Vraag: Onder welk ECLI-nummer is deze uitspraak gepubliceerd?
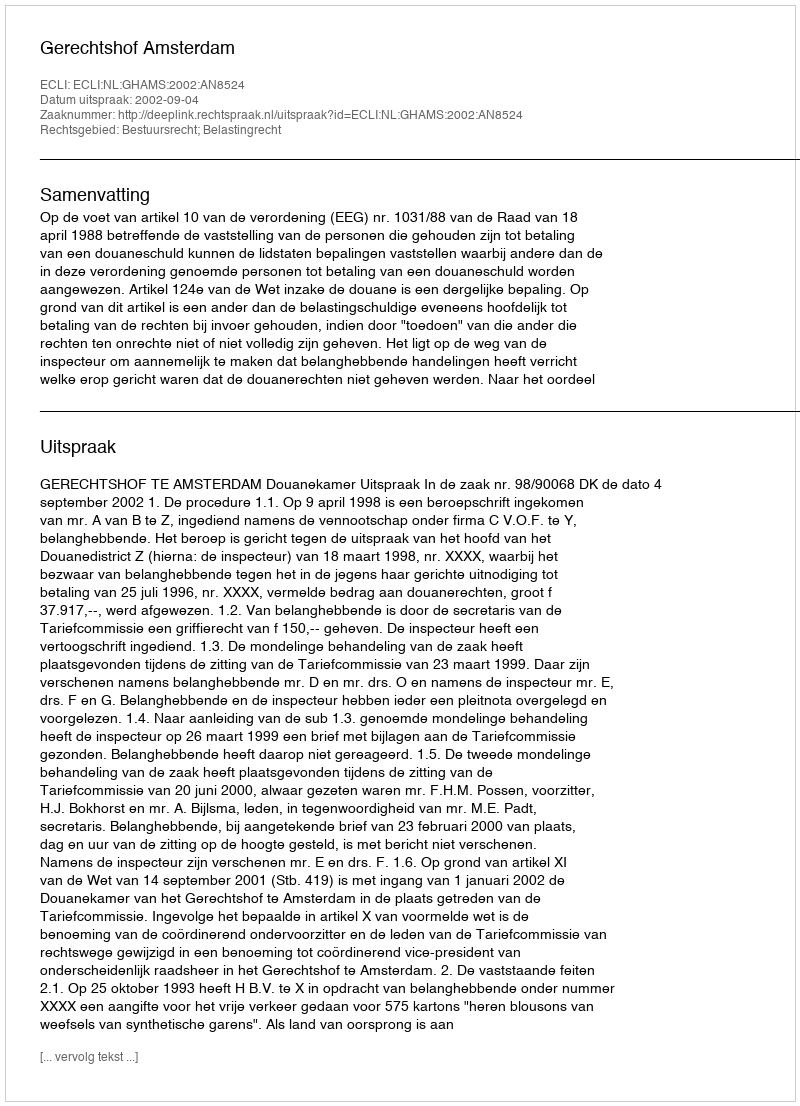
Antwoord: ECLI:NL:GHAMS:2002:AN8524